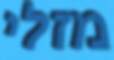
מזלי